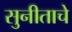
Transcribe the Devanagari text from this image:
सुनीताचे